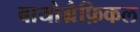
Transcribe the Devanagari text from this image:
बायोग्रैफ़िकल